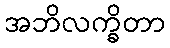
အဘိလက္ခိတာ